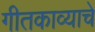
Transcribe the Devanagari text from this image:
गीतकाव्याचे